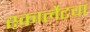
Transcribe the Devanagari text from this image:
स्कार्लेटचा